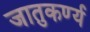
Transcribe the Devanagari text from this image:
जातुकर्ण्य